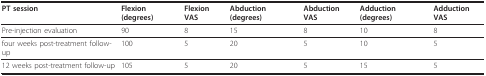
<table><thead><tr><td><b>PT session</b></td><td><b>Flexion (degrees)</b></td><td><b>Flexion VAS</b></td><td><b>Abduction (degrees)</b></td><td><b>Abduction VAS</b></td><td><b>Adduction (degrees)</b></td><td><b>Adduction VAS</b></td></tr></thead><tbody><tr><td>Pre-injection evaluation</td><td>90</td><td>8</td><td>15</td><td>8</td><td>10</td><td>8</td></tr><tr><td>four weeks post-treatment follow-up</td><td>100</td><td>5</td><td>20</td><td>5</td><td>10</td><td>5</td></tr><tr><td>12 weeks post-treatment follow-up</td><td>105</td><td>5</td><td>20</td><td>5</td><td>15</td><td>5</td></tr></tbody></table>